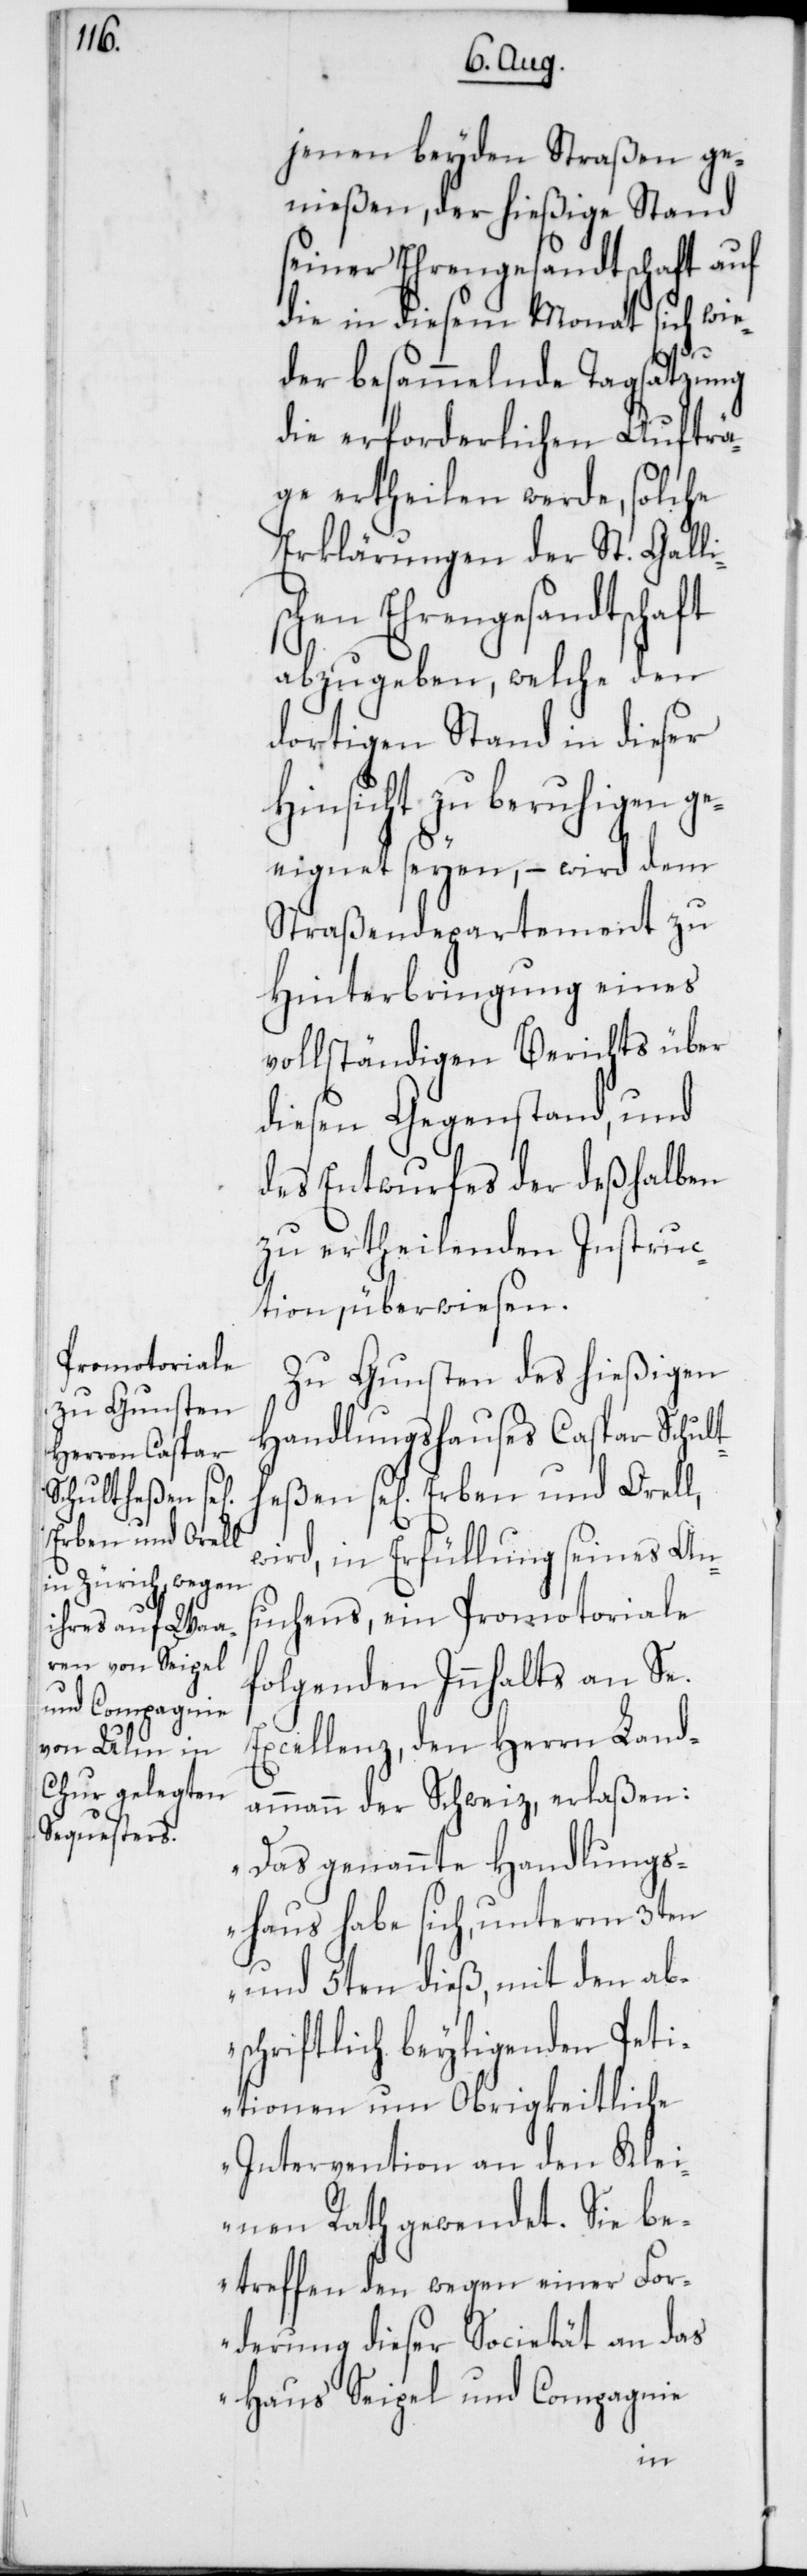
Erben und Orell,

jenen beyden Straßen ge¬
nießen, der hießige Stand
seiner Ehrengesandtschaft auf
die in diesem Monat sich wie¬
der besammelnde Tagsatzung
die erforderlichen Aufträ¬
ge ertheilen werde, solche
Erklärungen der St. Gall¬
chen Ehrengesandtschaft
abzugeben, welche den
dortigen Stand in dieser
Hinsicht zu beruhigen ge¬
eignet seyen, – wird dem
Straßendepartement zu
Hinterbringung eines
vollständigen Berichts über
diesen Gegenstand, und
des Entwurfes der deshalben
zu ertheilenden Instruc¬
tion, überwiesen.
Zu Gunsten des hießigen
Handlungshauses Caspar Schult¬
wird, in Erfüllung seines An¬
suchens, ein Promotoriale
folgenden Inhalts an Se.
Excellenz, den Herrn Land¬
ammann der Schweiz, erlaßen:
„Das genannte Handlungs¬
haus habe sich, unterm 3ten
und 5ten dieß, mit den ab¬
schriftlich beyligenden Peti¬
tionen um Obrigkeitliche
Intervention an den Klei¬
nen Rath gewendet. Sie be¬
treffen den wegen einer For¬
derung dieser Societät an das
Haus Seigel und Compagnie
heßen